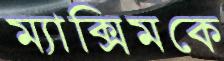
ম্যাক্সিমকে